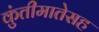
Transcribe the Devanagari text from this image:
कुंतीमातेसह